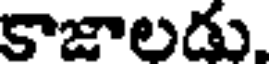
కాజాలడు.